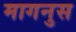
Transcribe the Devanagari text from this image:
मागनुस